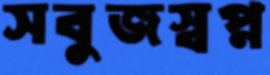
সবুজস্বপ্ন